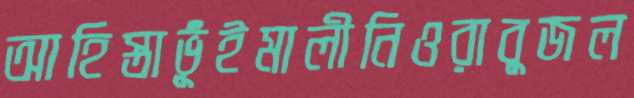
আহিস্তাভূঁইমালীনিওরাবুজল